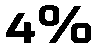
4%